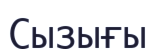
Сызығы